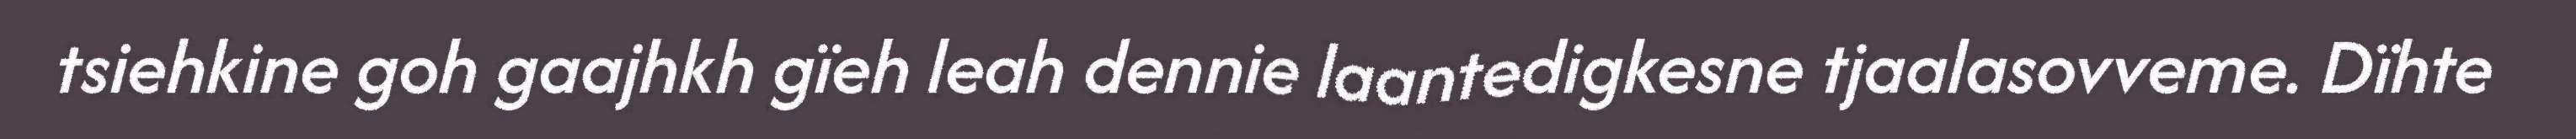
tsiehkine goh gaajhkh gïeh leah dennie laantedigkesne tjaalasovveme. Dïhte